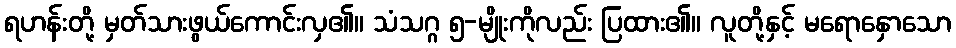
ရဟန်းတို့ မှတ်သားဖွယ်ကောင်းလှ၏။ သံသဂ္ဂ ၅-မျိုးကိုလည်း ပြထား၏။ လူတို့နှင့် မရောနှောသော